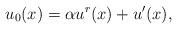
LaTeX: \begin{align*}u_0(x)=\alpha u^r(x)+u'(x),\end{align*}